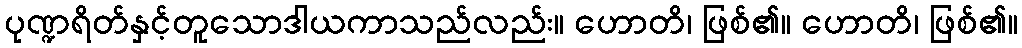
ပုဏ္ဍရိတ်နှင့်တူသောဒါယကာသည်လည်း။ ဟောတိ၊ ဖြစ်၏။ ဟောတိ၊ ဖြစ်၏။